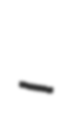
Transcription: –